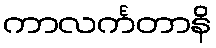
ကာလင်္ကတာနိ